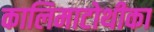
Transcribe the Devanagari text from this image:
कालिमाटोथीका